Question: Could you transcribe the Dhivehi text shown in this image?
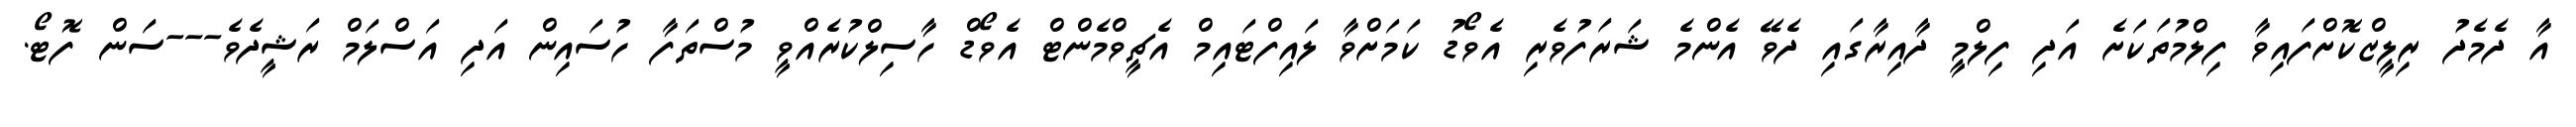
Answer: އާ ދެމެދު ރިލީޒްކޮށްފައިވާ ފިލްމުތަކަށެ އަދި ފިލްމީ ދާއިރާގައި ދެވޭ އެންމެ ޝަރަފުވެރި އެވޯޑު ކަމަށްވާ ލައިފްޓައިމް އެޗީވްމެންޓް އެވޯޑް ހާސިލްކުރެއްވީ މުސްތަފާ ހުސައިން އަދި އަސްލަމް ރަޝީދެވެ---ސަން ފޮޓޯ.